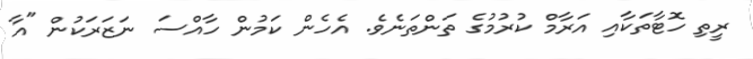
ރީތި ހޮޓާތަކާއި އަރާމް ކުރުމުގެ ތަންތަނެވެ. އެހެން ކަމުން ހާއްސަ ނަޒަރަކުން "އާ